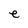
Character: e